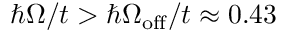
\hbar \Omega / t > \hbar \Omega _ { \mathrm { o f f } } / t \approx 0 . 4 3